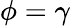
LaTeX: \phi=\gamma